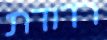
רדודת